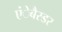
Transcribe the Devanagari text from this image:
एंेबैस्डर